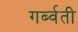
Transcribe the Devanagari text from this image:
गर्ब्वती